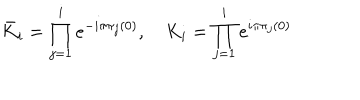
{ \bar { K } } _ { i } = \prod _ { j = 1 } ^ { i } e ^ { - i \pi \pi _ { j } ( 0 ) } , \quad K _ { i } = \prod _ { j = 1 } ^ { i } e ^ { i \pi \pi _ { j } ( 0 ) }